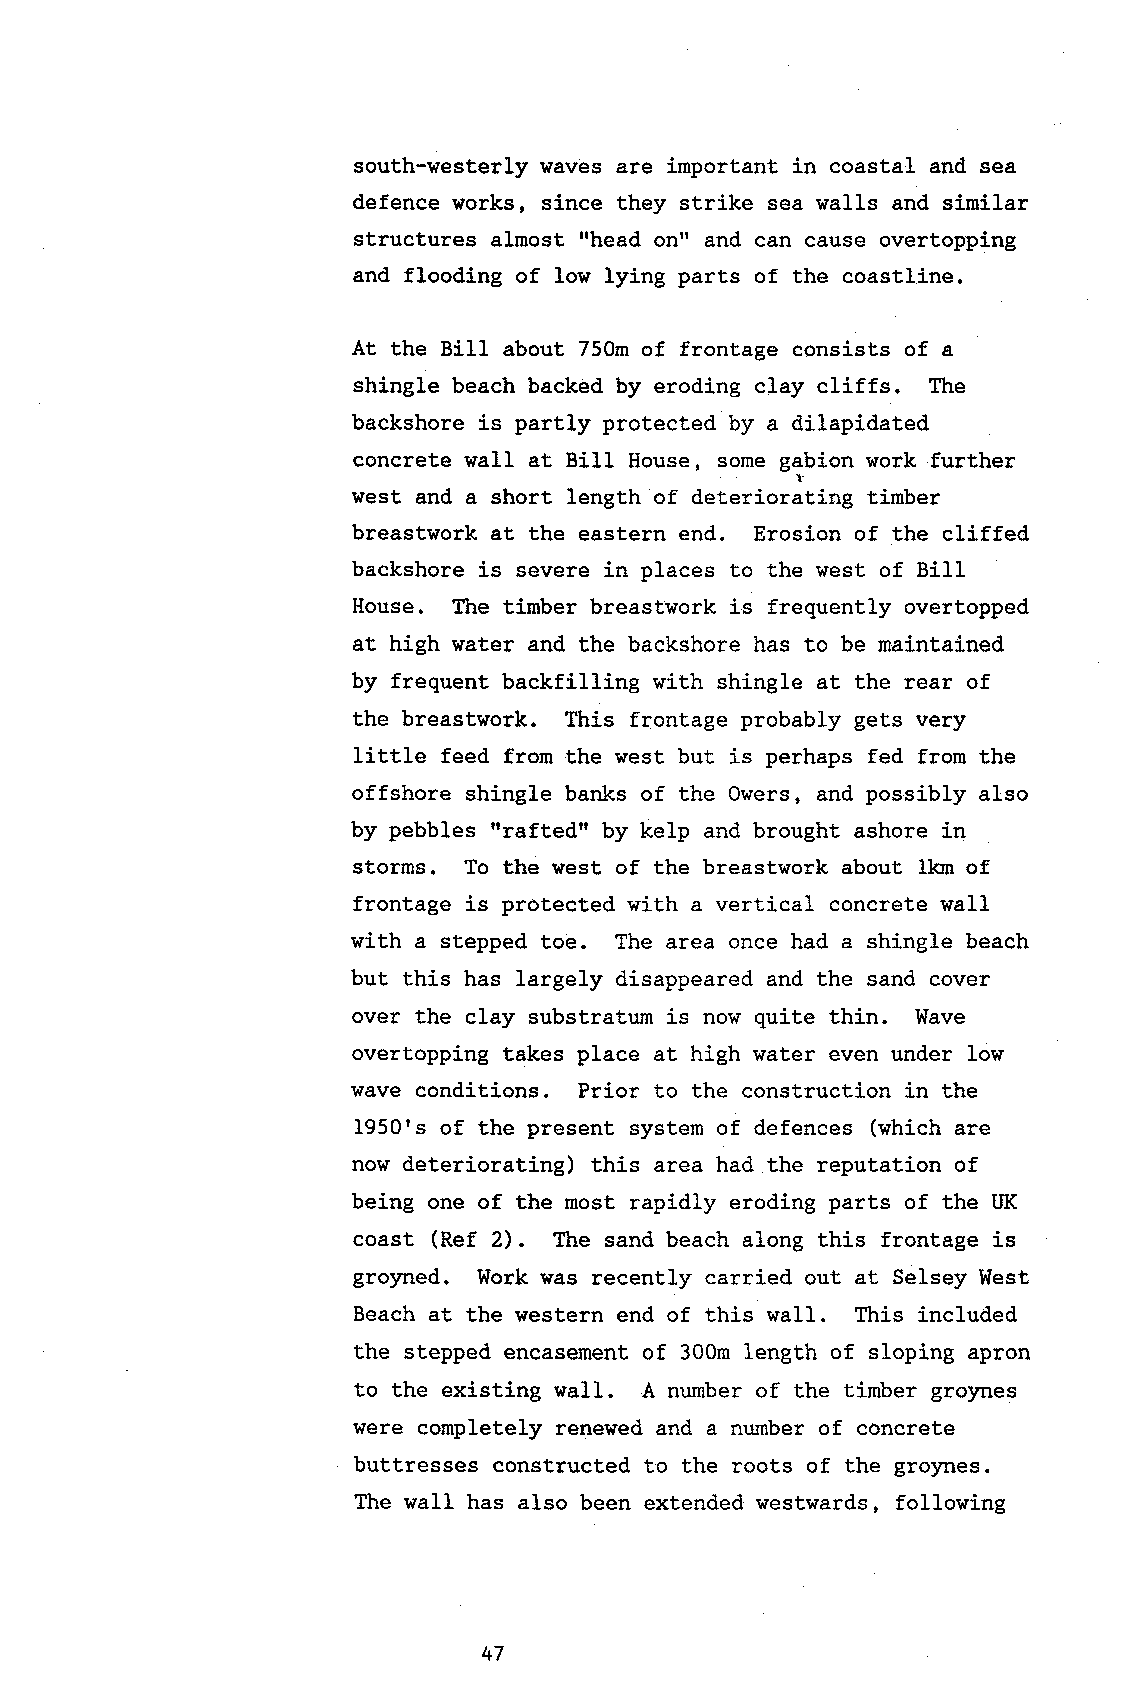
south-westerly waves are important in coastal and sea
 defence works, since they strike sea walls and similar
 rrhead
 structures almost   onrr and can cause overtopping
 and flooding of low lying parts of the coastline.
 At the Bill about 750m of frontage consists of a
 shingle beach backed by eroding clay cliffs. The
 backshore is partly protected by a dilapidated
 concrete wall at Bill House, some gabion work further
 west and a short length of deteriorating timber
 breastwork at the eastern end. Erosion of the cliffed
 backshore is severe in places to the west of BiIl
 House. The timber breastwork i-s frequently overtopped
 at high water and the backshore has to be naintained
 by frequent backfilling with shingle at the rear of
 the breastwork. This frontage probably gets very
 little feed from the west but is perhaps fed from the
 offshore shingle banks of the Owers, and possibly also
 'rraftedil
 by pebbles       by kelp and brought ashore in
 storms. To the west of the breastwork about lkn of
 frontage is protected with a vertical concrete wall
 with a stepped toe. The area once had a shingle beach
 but this has largely disappeared and the sand cover
 over the clay substraturn is now quite thin. Wave
 overtopping takes place at high water even under low
 wave conditions. Prior to the construction in the
 1950's of the present system of defences (which are
 now deteriorating) this area had the reputation of
 being one of the most rapidly eroding parts of the liK
 coast (Ref 2). TLre sand beach along this frontage is
 gro5med. Work was recently carried out at Selsey West
 Beach at the western end of this wall. This included
 the stepped encasement of 300n length of sloping apron
 to the existing wall. A number of the timber groynes
 were completely renewed and a number of concrete
 buttresses constructed to the roots of the groynes.
 The wall has also been extended westwards, following
 47